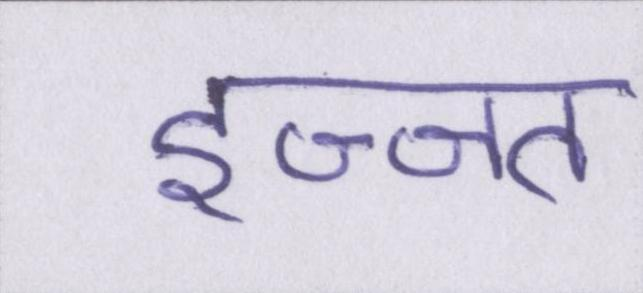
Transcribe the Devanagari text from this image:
इज्ज्त